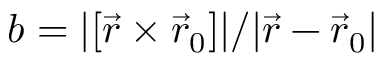
b = | [ \vec { r } \times \vec { r } _ { 0 } ] | / | \vec { r } - \vec { r } _ { 0 } |